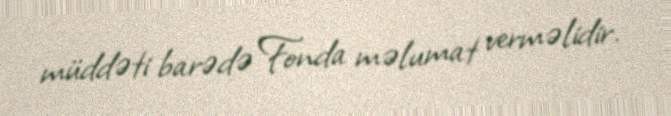
müddəti barədə Fonda məlumat verməlidir.